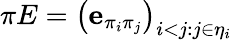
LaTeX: \pi E=\left(\mathbf{e}_{\pi_{i}\pi_{j}}\right)_{i<j:j\in\eta_{i}}